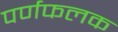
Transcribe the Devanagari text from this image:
पर्णफलक